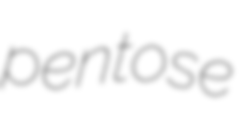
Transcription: pentose